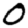
Digit: 0